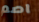
اصم